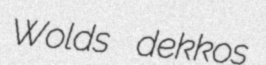
Wolds dekkos